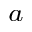
^ a